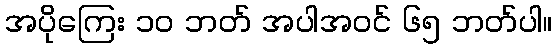
အပိုကြေး ၁၀ ဘတ် အပါအဝင် ၆၅ ဘတ်ပါ။